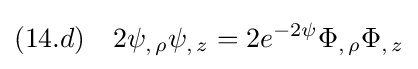
(14.d)\quad 2\psi _{,\,\rho }\psi _{,\,z}=2e^{-2\psi }\Phi _{,\,\rho }\Phi _{,\,z}